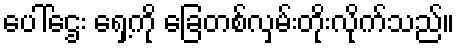
ပေါ်ဌေး ရှေ့ကို ခြေတစ်လှမ်းတိုးလိုက်သည်။